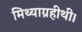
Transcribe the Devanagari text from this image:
मिथ्याग्रहीथी।